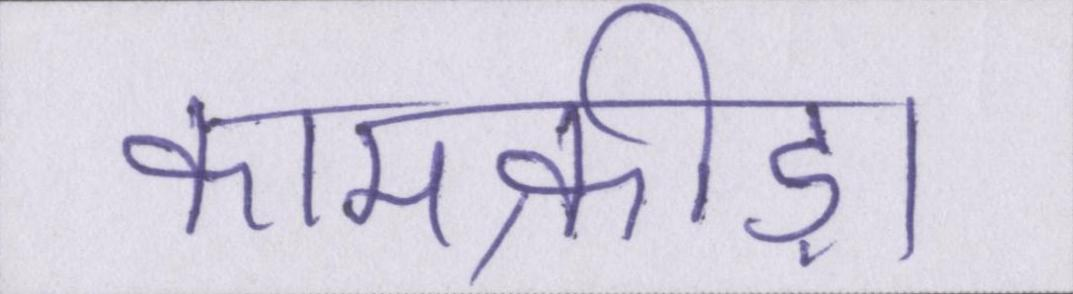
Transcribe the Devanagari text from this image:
कामक्रीड़ा